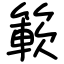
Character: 簐